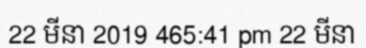
22 មីនា 2019 465:41 pm 22 មីនា